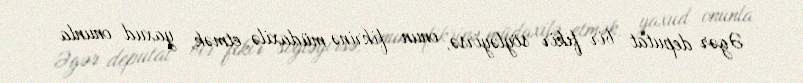
Əgər deputat bir fikir söyləyirsə, onun fikrinə müdaxilə etmək, yaxud onunla